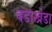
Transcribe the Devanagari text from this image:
बडाखेडा